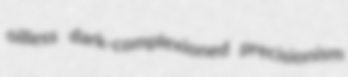
oilless dark-complexioned precisionism